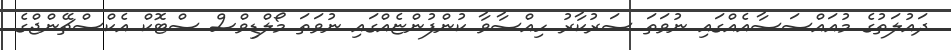
ދައުލަތުގެ މުއައްސަސާއެއްގައި ނުވަތަ ސަރުކާރު ހިއްސާވާ ކުންފުންޏެއްގައި ނުވަތަ މޯލްޑިވްސް ސްޓޮކް އެކްސްޗޭންޖްގެ